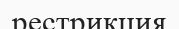
рестрикция